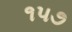
૧૫૭